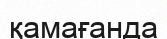
қамағанда